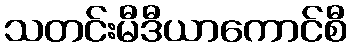
သတင်းမီဒီယာကောင်စီ